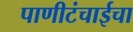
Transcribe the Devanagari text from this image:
पाणीटंचाईचा